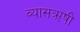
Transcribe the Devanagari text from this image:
व्यासऋषी